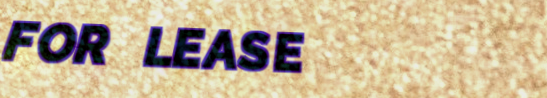
FOR LEASE